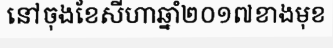
នៅចុងខែសីហាឆ្នាំ២០១៧ខាងមុខ